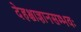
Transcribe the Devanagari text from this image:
देहश्चाज्ञानसम्भवः